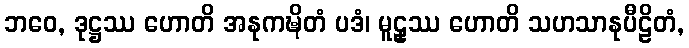
ဘဝေ, ဒုဋ္ဌဿ ဟောတိ အနုကဍ္ဎိတံ ပဒံ၊ မူဠှဿ ဟောတိ သဟသာနုပီဠိတံ,